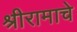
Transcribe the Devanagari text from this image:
श्रीरामाचे